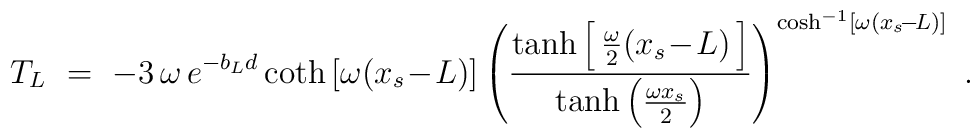
T_L\ =\ -3\, \omega\, e^{-b_L d} \coth \left[\omega (x_s\! -\! L)\right]  \left( \frac{\tanh \left[\, \frac{\omega}{2} (x_s\! -\! L)\, \right]}  {\tanh \left( \frac{\omega x_s}{2} \right)}  \right)^{\cosh^{-1} \left[\omega (x_s\! -\! L)\right]}\ .